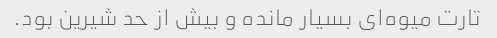
تارت میوه‌ای بسیار مانده و بیش از حد شیرین بود.